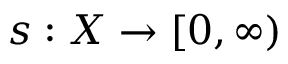
s : X \to [ 0 , \infty )